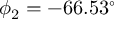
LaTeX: \phi _ { 2 } = - 6 6 . 5 3 ^ { \circ }